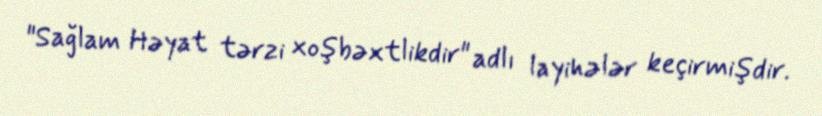
"Sağlam Həyat tərzi xoşbəxtlikdir" adlı layihələr keçirmişdir.